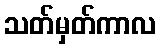
သတ်မှတ်ကာလ